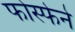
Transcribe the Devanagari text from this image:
फोस्फेने